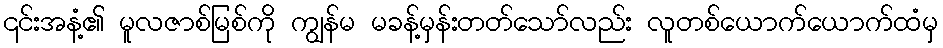
၎င်းအနံ့၏ မူလဇာစ်မြစ်ကို ကျွန်မ မခန့်မှန်းတတ်သော်လည်း လူတစ်ယောက်ယောက်ထံမှ